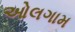
ઓલગામ